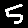
Digit: 5